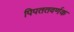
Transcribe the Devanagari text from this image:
पिपततवर्णक